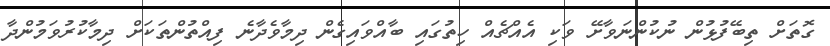
ގޮތަށް ތިބޭފުޅުން ނުކުންނަވާށޭ ވަކި އެއްޗެއް ހިތުގައި ބާއްވައިގެން ދިމާވެދާނެ ފިއްތުންތަކަށް ދިމާކުރުވަމުންދާ